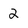
Character: 2